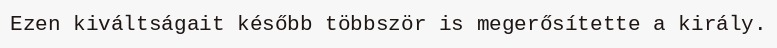
Ezen kiváltságait később többször is megerősítette a király.